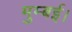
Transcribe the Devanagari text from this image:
मुम्बई।